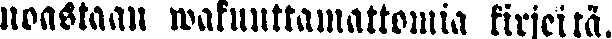
noastaan wakuuttamattomia kirjeitä.